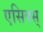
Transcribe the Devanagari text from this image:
एसिक्स्